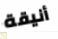
أنيقة